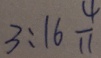
3 : 1 6 \frac { 4 } { 1 1 }